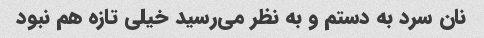
نان سرد به دستم و به نظر می‌رسید خیلی تازه هم نبود